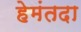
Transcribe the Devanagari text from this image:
हेमंतदा